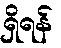
ရှိရန်